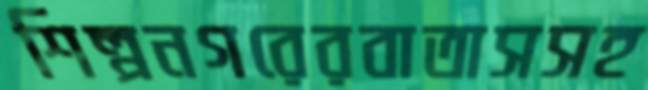
শিল্পনগরেরবাতাসসহ